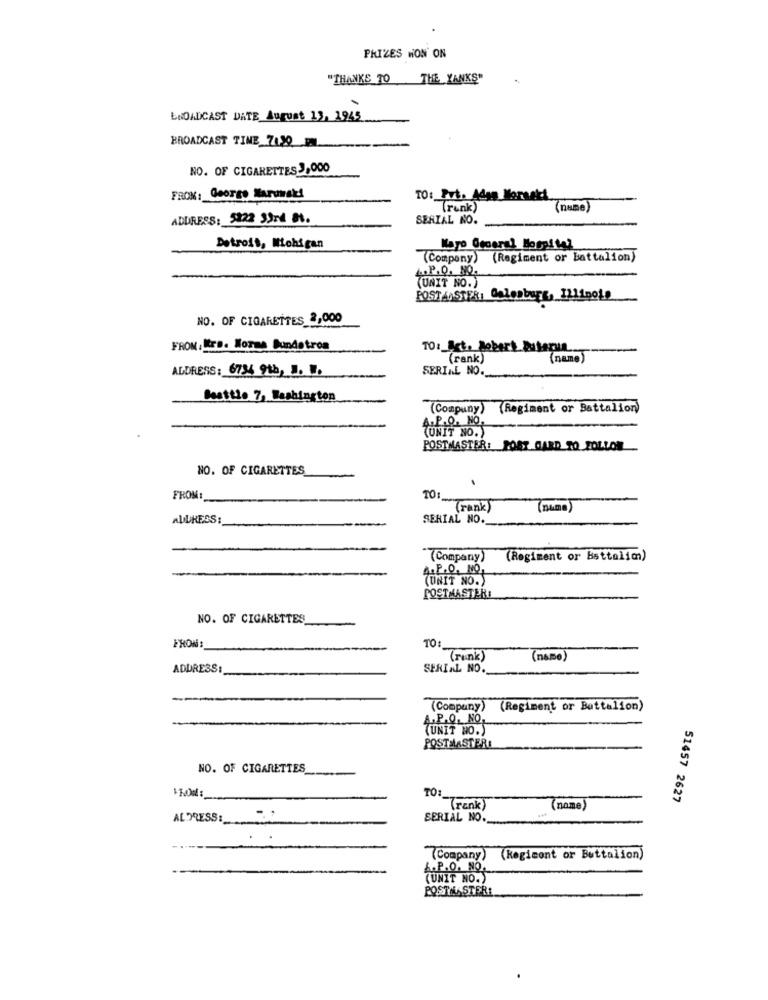
PRIZES HON' ON
"THANKS TO THE YANKS"
bNOADCAST DATE August 13, 1945
BROADCAST TINE 7.30 ML
NO. OF CIGARETTES J,000
FROM: George Naruwski
TO: Put. Adan Morsaki
(renk)
(name
ADDRESS: 5222 33rd M.
SERIAL NO.
Detroit, Michigan
(Company) (Regiment or Battalion)
L.P.Q. NO.
(UNIT NO.)
POSTAASTER, Galesburg, 1211noLe
NO. OF CIGARETTES 2,000
FROM, Mrs. Korma Bundatrom
(rank)
(name)
ADDRESS: 6734 9th, J. W.
SERIAL NO.
Battle 7, Washington
(Compuny) (Regiment or Battalion)
A.P.Q. NO,
(UNIT NO.)
POSTMASTER: POST CARD TO FOLLOW
NO. OF CIGARETTES
FROM:
TO:
(rank)
(name)
ADDRESS:
SERIAL NO.
(Company)
(Regiment or Bsttalim)
A.P.O. NO,
(UNIT NO.)
POSTMASTER!
NO. OF CIGARETTES
BRON
TO:
(runk)
(name)
ADDRESS:
SERIAL NO.
(Company) (Regiment or Battalion)
,0, NO
(UNIT NO.)
POSTMASTER:
NO. OF CIGARETTES
51457 2627
"(rank)
(name)
SERIAL NO.
AL PRESS: 00
(Company) (kegicont or Battalion)
.P.O. NO.
(UNIT NO.)
POSTMASTERE